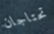
تحتاجان